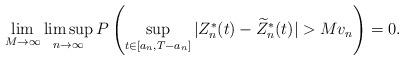
LaTeX: \begin{align*}\lim_{M\to\infty}\limsup_{n\to\infty}P\left(\sup_{t\in[a_n,T-a_n]}|Z^*_n(t)-\widetilde{Z}^*_n(t)|>Mv_n\right)=0.\end{align*}